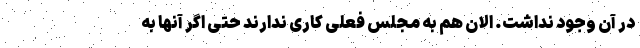
در آن وجود نداشت. الان هم به مجلس فعلی کاری ندارند حتی اگر آنها به